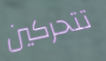
تتحركين